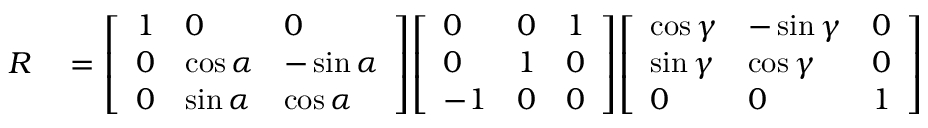
\begin{array} { r l } { R } & { { } = { \left[ \begin{array} { l l l } { 1 } & { 0 } & { 0 } \\ { 0 } & { \cos \alpha } & { - \sin \alpha } \\ { 0 } & { \sin \alpha } & { \cos \alpha } \end{array} \right] } { \left[ \begin{array} { l l l } { 0 } & { 0 } & { 1 } \\ { 0 } & { 1 } & { 0 } \\ { - 1 } & { 0 } & { 0 } \end{array} \right] } { \left[ \begin{array} { l l l } { \cos \gamma } & { - \sin \gamma } & { 0 } \\ { \sin \gamma } & { \cos \gamma } & { 0 } \\ { 0 } & { 0 } & { 1 } \end{array} \right] } } \end{array}